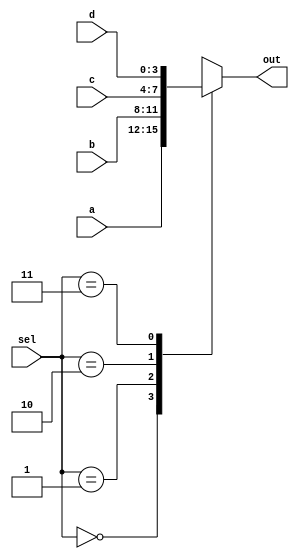
//case  4x1  

module mux(a,b,c,d, sel, out);
	input	[3:0]	a, b, c, d; //4      
	input	[1:0]	sel; 
	output	[3:0]	out;

	reg	[3:0]	out;

	always @ (sel or a	or b or c or d) 
	begin : MUX
	 case (sel)
	    2'b00 : out = a;     
	    2'b01 : out = b; 
	    2'b10 : out = c; 
                2'b11 : out = d; 
	 endcase
            end
endmodule